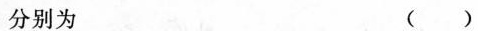
分别为 ()